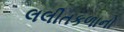
લલીતકળાનો